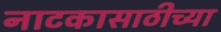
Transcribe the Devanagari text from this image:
नाटकासाठीच्या